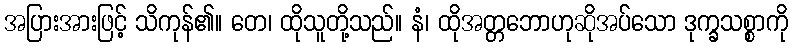
အပြားအားဖြင့် သိကုန်၏။ တေ၊ ထိုသူတို့သည်။ နံ၊ ထိုအတ္တဘောဟုဆိုအပ်သော ဒုက္ခသစ္စာကို